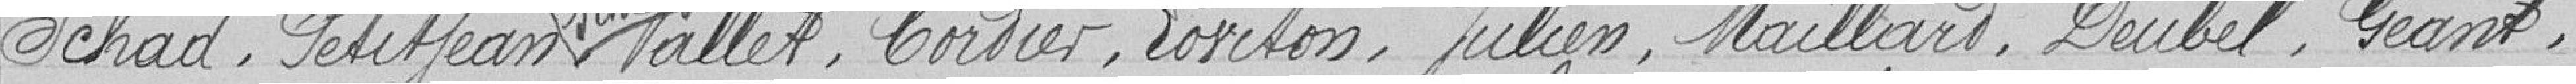
Schad, Petitjean Schultz Vallet, Cordier, Loviton, Julien, Maillard, Deubel, Géant,